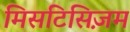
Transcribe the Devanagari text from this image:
मिसटिसिज़म